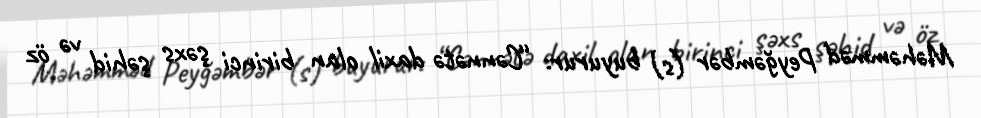
Məhəmməd Peyğəmbər (s) buyurur: “Cənnətə daxil olan birinci şəxs şəhid və öz